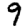
Digit: 9